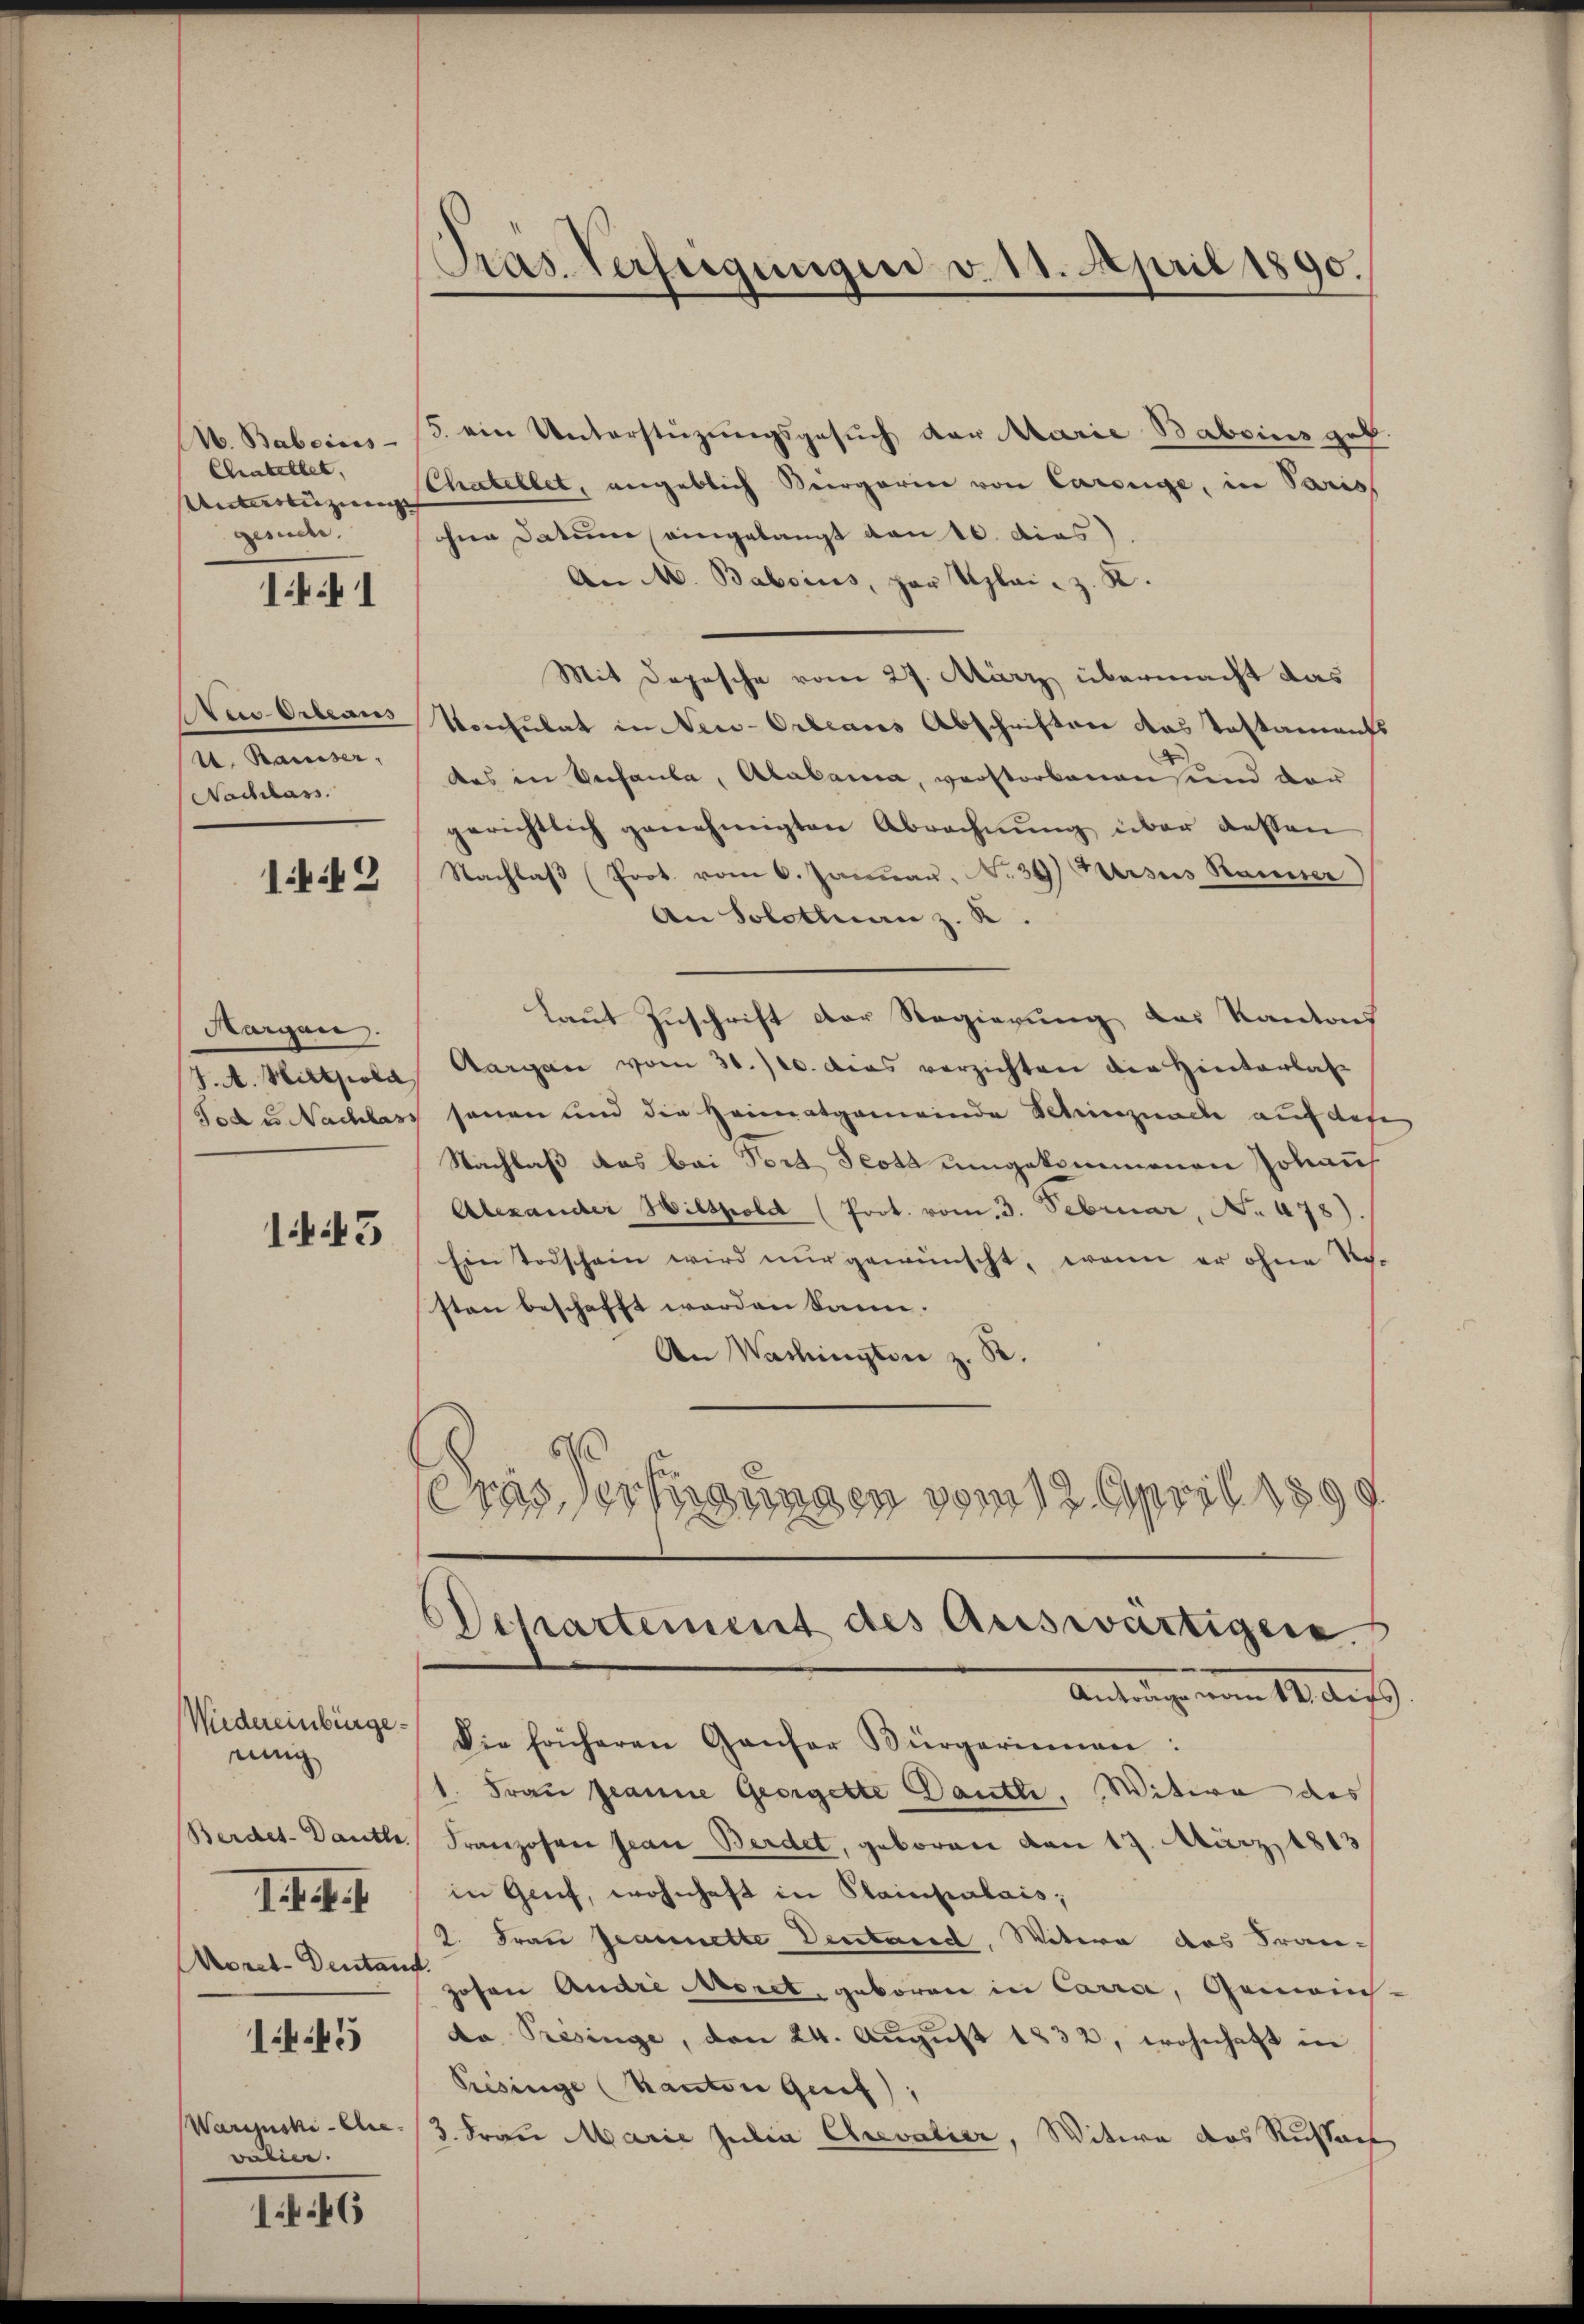
Chatellet,
Unterenzung |
gende.

1441

1. Rämiser,
Nachlass.

143

Morgen.

145

Wiedereinbergeeinig
1. s. f.
Moret-Dentant.

1.45

Warijuski-Cie.
valien.

146

Pras. Verfügungen v. 11. April 1890.

A. Babeins - 3. ein Unterstüzungsgesŭch der Marie Baboins geb.
Chatellet, angeblich ergarin von Carouge, in Paris
ohne Datum eingelangt von 10. dies
An M. Babsius, par Uplai. z. K.
Mit Depesche vom 27. März übermacht das
Nu Orleans Konsulat in Neu-Orleans Abschriften das Testamaufs
das in Verfaule, Alalama, verstorbenen und der
gerichtlich genehmigten Abrechnŭng über dessen
Nachlaβ (Prot. vom 6. Januau, N. 39 Kursus Rauner
An Solotinen z. R.
laut Zuschrift der Regierung des Kantons
J. A. Hiltpola, Aargau vom 30./10. dies verzichten die Hinterlas
Tod u Nachlass sonen und die Heimatgemeinde Schinznach auf des
Nachlaß das bei Tort Testa umgekommenen Johan
Alexander Hitspold (Prot. vom 3. Februar, No. 478)
Ein Todschein wird nur gewünscht, wenn er ohne Sche
sten beschafft werden kann.
An Washingten z. B
80
exus der ungen vom 12. April 1899
Departement des Auswärtigen.
Antrag vom 14. Auf
Die früheren Gantar Bürgerinnen:
1. Frau geanne Georgelte Dantl, Witwe des
Berdet-Dauth. Franzosen Jean Berdet, geboren den 17. März 1813
in Genf, wohnhaft in Plainpalais;
2. Frau Jeannette Deutared, Witere das Franzosen Quare Moret, geboren in Carra, Gemeins.
da Présinge, den 24. Aŭgŭst 1832, wohnhaft in
Prisinge (Kanton Genf),
3. Frau Marie Julia Crevatier, Witwe das Russach